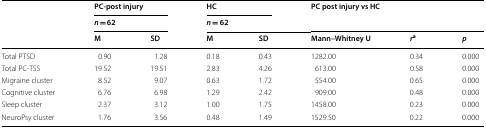
| <ROWSPAN=3>  | <COLSPAN=2> PC-post injury | <COLSPAN=2> HC | <ROWSPAN=2-COLSPAN=3> PC post injury vs HC |
 | <COLSPAN=2> n = 62 | <COLSPAN=2> n = 62 |
 | M | SD | M | SD | Mann–Whitney U | ra | p |
 | --- | --- | --- | --- | --- | --- | --- | --- |
 | Total PTSD | 0.90 | 1.28 | 0.18 | 0.43 | 1282.00 | 0.34 | 0.000 |
 | Total PC-TSS | 19.52 | 19.51 | 2.83 | 4.26 | 613.00 | 0.58 | 0.000 |
 | Migraine cluster | 8.52 | 9.07 | 0.63 | 1.72 | 554.00 | 0.65 | 0.000 |
 | Cognitive cluster | 6.76 | 6.98 | 1.29 | 2.42 | 909.00 | 0.48 | 0.000 |
 | Sleep cluster | 2.37 | 3.12 | 1.00 | 1.75 | 1458.00 | 0.23 | 0.000 |
 | NeuroPsy cluster | 1.76 | 3.56 | 0.48 | 1.49 | 1529.50 | 0.22 | 0.000 |